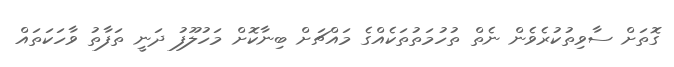
ގޮތަށް ސާވިތުކުރެވެން ނެތް ތުހުމަތުތަކެއްގެ މައްޗަށް ބިނާކޮށް މަހުލޫފު ދަނީ ތަފާތު ވާހަކަތައް